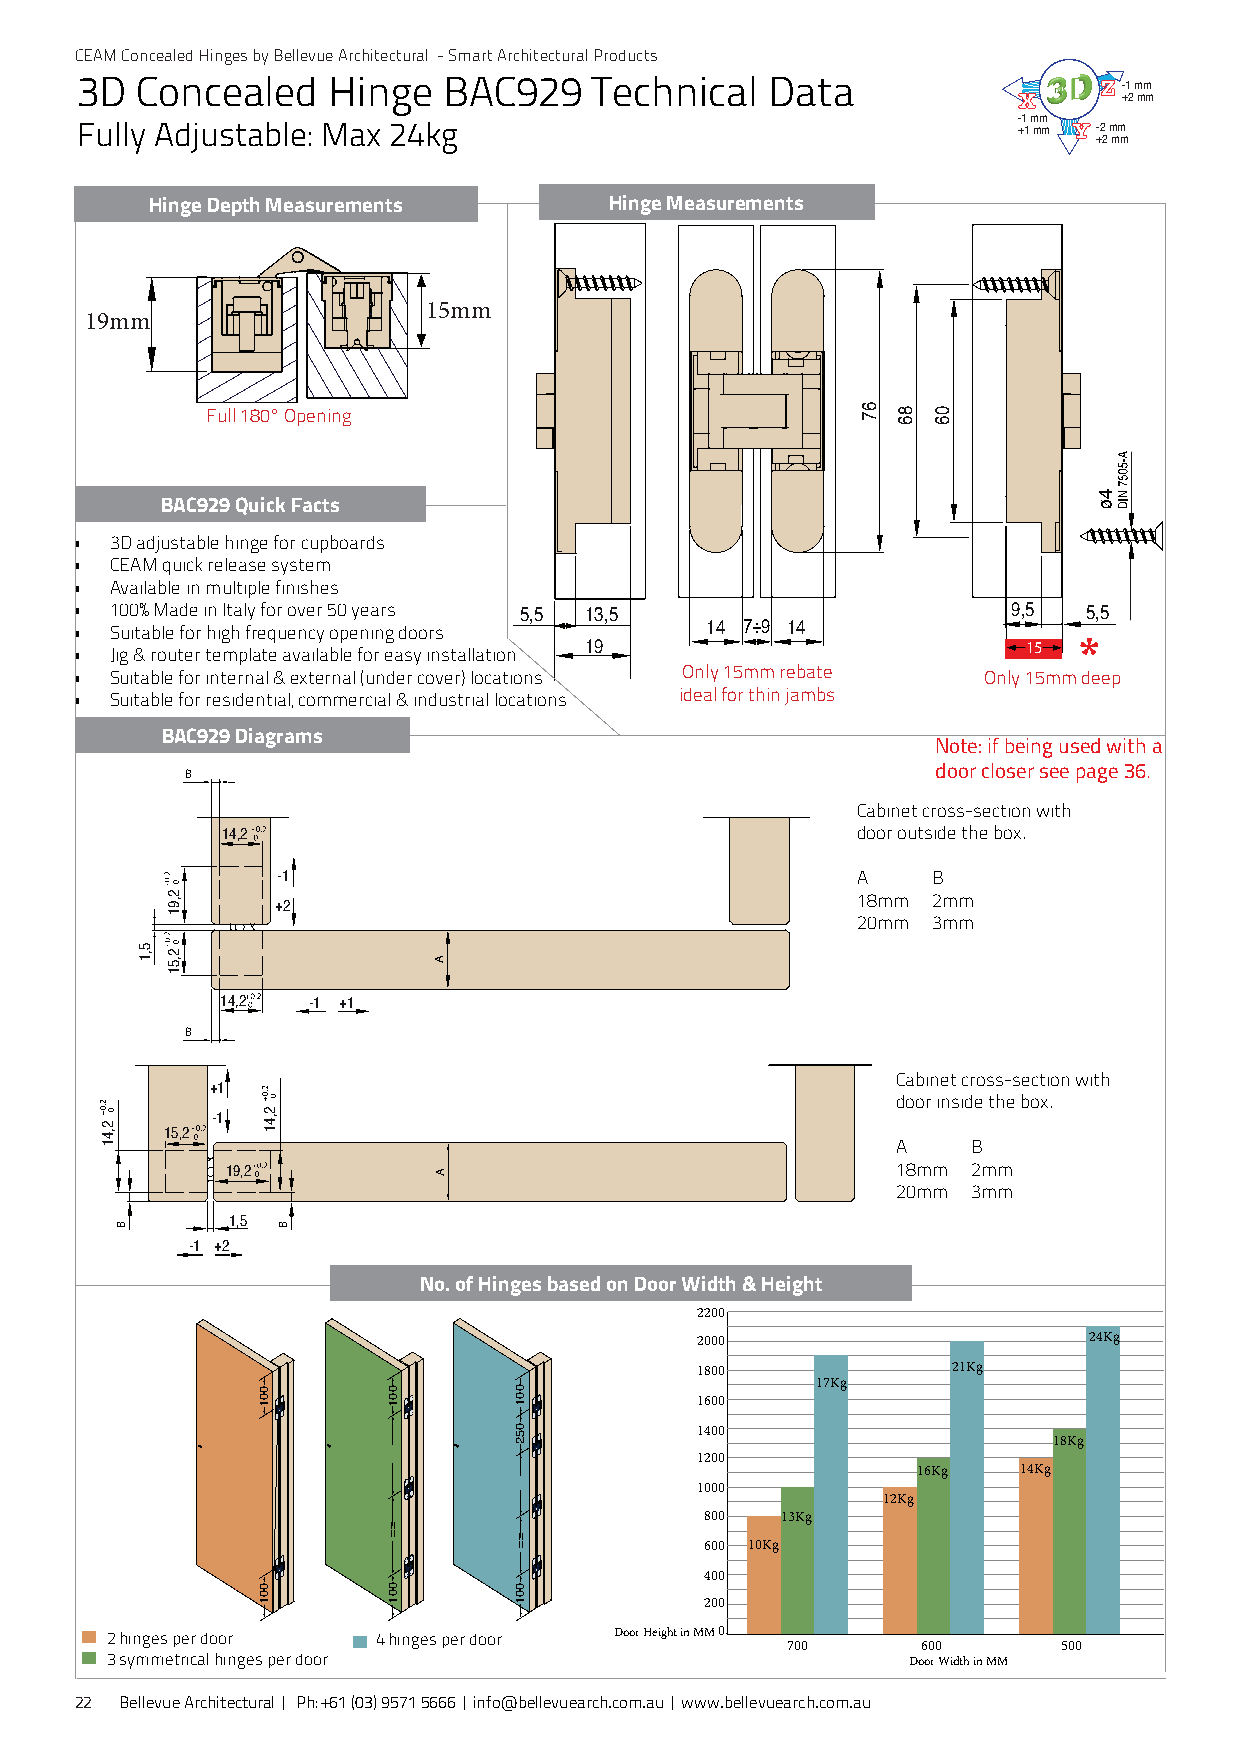
-1.5 mm
 +3 mm
 -1 mm
 +1 mm -3 mm
 +3 mm
 CEAM Concealed Hinges by Bellevue Architectural - Smart Architectural Products
 3D  Concealed    Hinge  BAC929    Technical   Data                              18,5 max
 -1 mm
 +2 mm
 Fully Adjustable: Max 24kg                                    - +1 1 m mm m -2 mm +2 mm 3
 -1 +2
 Hinge Depth Measurements      Hinge Measurements
 -2.5 mm
 +1.5 mm
 -1 mm
 +1 mm -3 mm
 +3 mm
 15mm
 19mm
 Full 180° Opening
 BAC929 Quick Facts
 • 3D adjustable hinge for cupboards
 • CEAM quick release system
 • Available in multiple finishes
 • 100% Made in Italy for over 50 years 5,5 13,5               9,5  5,5
 • Suitable for high frequency opening doors 14 7÷9 14
 • Jig & router template available for easy installation 19     15 *
 • Suitable for internal & external (under cover) locations Only 15mm rebate Only 15mm deep
 • Suitable for residential, commercial & industrial locations ideal for thin jambs
 BAC929 Diagrams
 Note: if being used with a
 B                                                 door closer see page 36.
 Cabinet cross-section with
 14,2                                      door outside the box.
 -1                                     A    B
 18mm 2mm
 +2
 20mm 3mm
 14,2 -1 +1
 B
 Cabinet cross-section with
 +1
 door inside the box.
 -1
 15,2
 A    B
 19,2                                        18mm 2mm
 20mm 3mm
 1,5
 -1 +2
 No. of Hinges based on Door Width & Height
 2200
 2000                      24Kg
 1800             21Kg
 17Kg
 1600
 1400
 18Kg
 1200
 16Kg  14Kg
 1000
 12Kg
 800  13Kg
 600 10Kg
 400
 200
 2 hinges per door 4 hinges per door Door Height in MM0
 700      600      500
 3 symmetrical hinges per door                        Door Width in MM
 22 Bellevue Architectural | Ph: +61 (03) 9571 5666 | info@bellevuearch.com.au | www.bellevuearch.com.au
 2,41
 B
 5,1
 2,91
 2,51
 2,41
 001
 001
 B
 001
 ==
 001
 A
 A
 001
 052
 ==
 001
 67 86 06
 4
 3,00+
 2,22
 xam
 5,4
 82
 nim